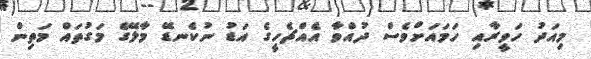
މިއަދު ހަވީރާއި ހަމައަށްވެސް ދުއްވާ އެއްޗެހީގެ އަޑު ނުކެނޑޭ މާލޭގެ މަގުތައް މަތިން